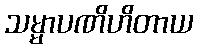
သမ္မာပဏိဟိတာယ